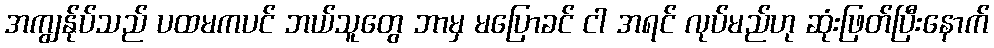
အကျွန်ုပ်သည် ပထမကပင် ဘယ်သူတွေ ဘာမှ မပြောခင် ငါ အရင် လုပ်မည်ဟု ဆုံးဖြတ်ပြီးနောက်